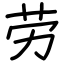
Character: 劳